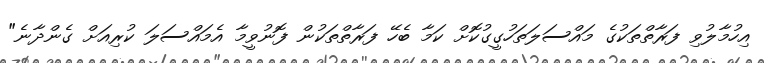
އިހުމާލުވި ފަރާތްތަކުގެ މައްސަލަތަހުގީގުކޮށް ކަމާ ބެހޭ ފަރާތްތަކުން ފޮނުވީމާ އެމައްސަލަ ކުރިއަށް ގެންދާނެ"